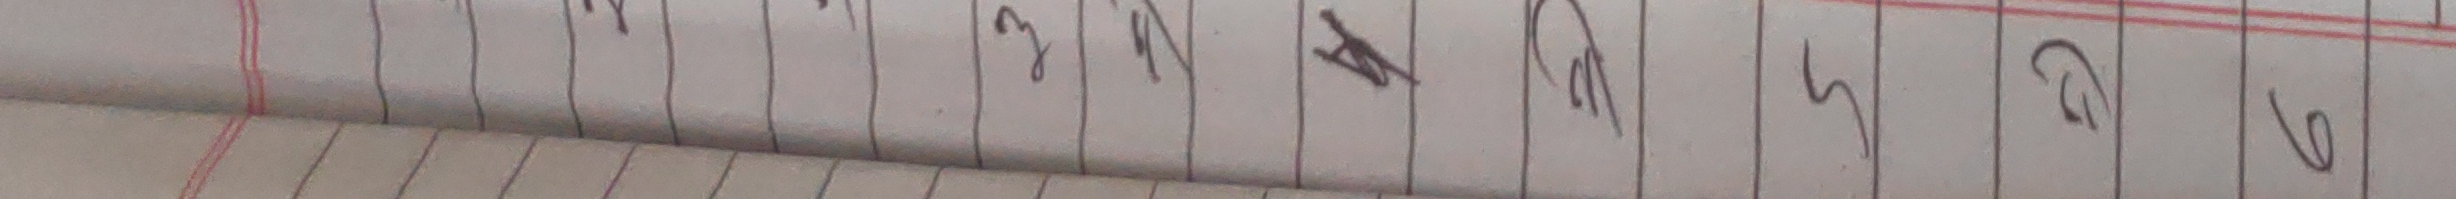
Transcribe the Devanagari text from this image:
१ २ ३ ४ थ ५ ६ ७ ८ ९ ०